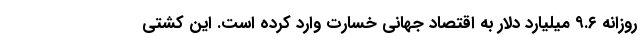
روزانه ۹.۶ میلیارد دلار به اقتصاد جهانی خسارت وارد کرده است. این کشتی